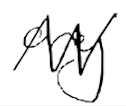
Text: any
Cross-out: zig-zag
Writing tool: digital_black